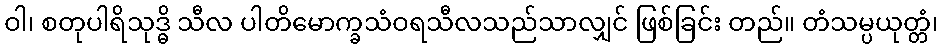
ဝါ၊ စတုပါရိသုဒ္ဓိ သီလ ပါတိမောက္ခသံဝရသီလသည်သာလျှင် ဖြစ်ခြင်း တည်။ တံသမ္ပယုတ္တံ၊